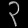
Digit: ၃